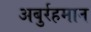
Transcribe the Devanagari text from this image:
अबुर्रहमान